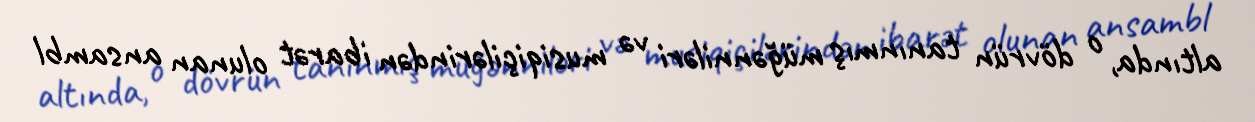
altında, o dövrün tanınmış müğənniləri və musiqiçilərindən ibarət olunan ansambl